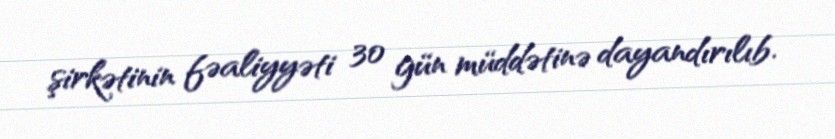
şirkətinin fəaliyyəti 30 gün müddətinə dayandırılıb.